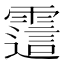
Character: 𬰊